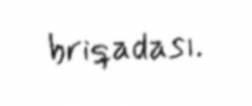
briqadası.